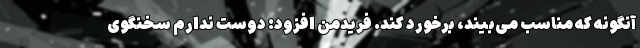
آنگونه که مناسب می‌بیند، برخورد کند. فریدمن افزود: دوست ندارم سخنگوی